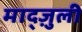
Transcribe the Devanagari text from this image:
माद्ज़ुली